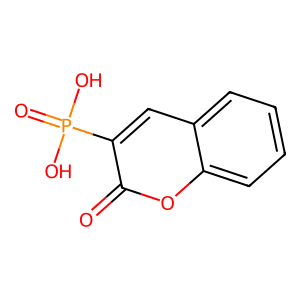
SMILES: O=c1oc2ccccc2cc1P(=O)(O)O
Inhibits HIV replication: No